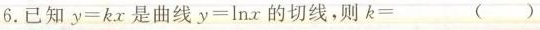
6.已知$$y = k x$$是曲线$$y = l n x$$的切线,则$$k =$$ ( )